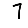
Digit: 7